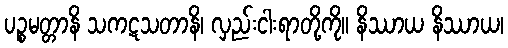
ပဉ္စမတ္တာနိ သကဋသတာနိ၊ လှည်းငါးရာတို့ကို။ နိဿာယ နိဿာယ၊